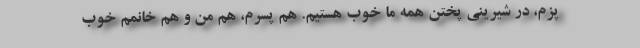
پزم، در شیرینی پختن همه ما خوب هستیم. هم پسرم، هم من و هم خانمم خوب